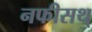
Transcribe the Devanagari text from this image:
नफीसथ्